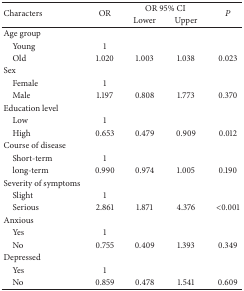
| <ROWSPAN=2> Characters | <ROWSPAN=2> OR | <COLSPAN=2> OR 95% CI | <ROWSPAN=2> P |
 | Lower | Upper |
 | --- | --- | --- | --- | --- |
 | Age group |  |  |  |  |
 | Young | 1 |  |  |  |
 | Old | 1.020 | 1.003 | 1.038 | 0.023 |
 | Sex |  |  |  |  |
 | Female | 1 |  |  |  |
 | Male | 1.197 | 0.808 | 1.773 | 0.370 |
 | Education level |  |  |  |  |
 | Low | 1 |  |  |  |
 | High | 0.653 | 0.479 | 0.909 | 0.012 |
 | Course of disease |  |  |  |  |
 | Short-term | 1 |  |  |  |
 | long-term | 0.990 | 0.974 | 1.005 | 0.190 |
 | Severity of symptoms |  |  |  |  |
 | Slight | 1 |  |  |  |
 | Serious | 2.861 | 1.871 | 4.376 | <0.001 |
 | Anxious |  |  |  |  |
 | Yes | 1 |  |  |  |
 | No | 0.755 | 0.409 | 1.393 | 0.349 |
 | Depressed |  |  |  |  |
 | Yes | 1 |  |  |  |
 | No | 0.859 | 0.478 | 1.541 | 0.609 |